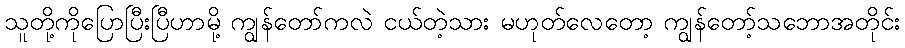
သူတို့ကိုပြောပြီးပြီဟာမို့ ကျွန်တော်ကလဲ ငယ်တဲ့သား မဟုတ်လေတော့ ကျွန်တော့်သဘောအတိုင်း